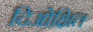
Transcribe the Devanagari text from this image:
दिओक्षित